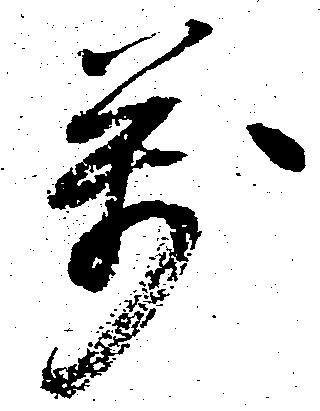
万